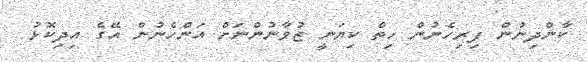
ކާންދިނުން ފިރިހެނުން ހިތް ކިޔަނީ ޒުވާނުންނަށް އަންހެނުން އޭގެ އިދިކޮޅު